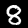
Label: 8